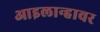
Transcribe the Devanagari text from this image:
आइलान्हावर